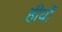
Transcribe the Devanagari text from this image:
हीर्यों